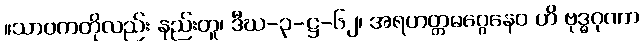
။သာဝကတိုလည်း နည်းတူ၊ ဒီဃ-၃-ဋ္ဌ-၆၂၊ အရဟတ္တမဂ္ဂေနေဝ ဟိ ဗုဒ္ဓဂုဏာ